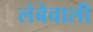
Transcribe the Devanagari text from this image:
लंबेवाली